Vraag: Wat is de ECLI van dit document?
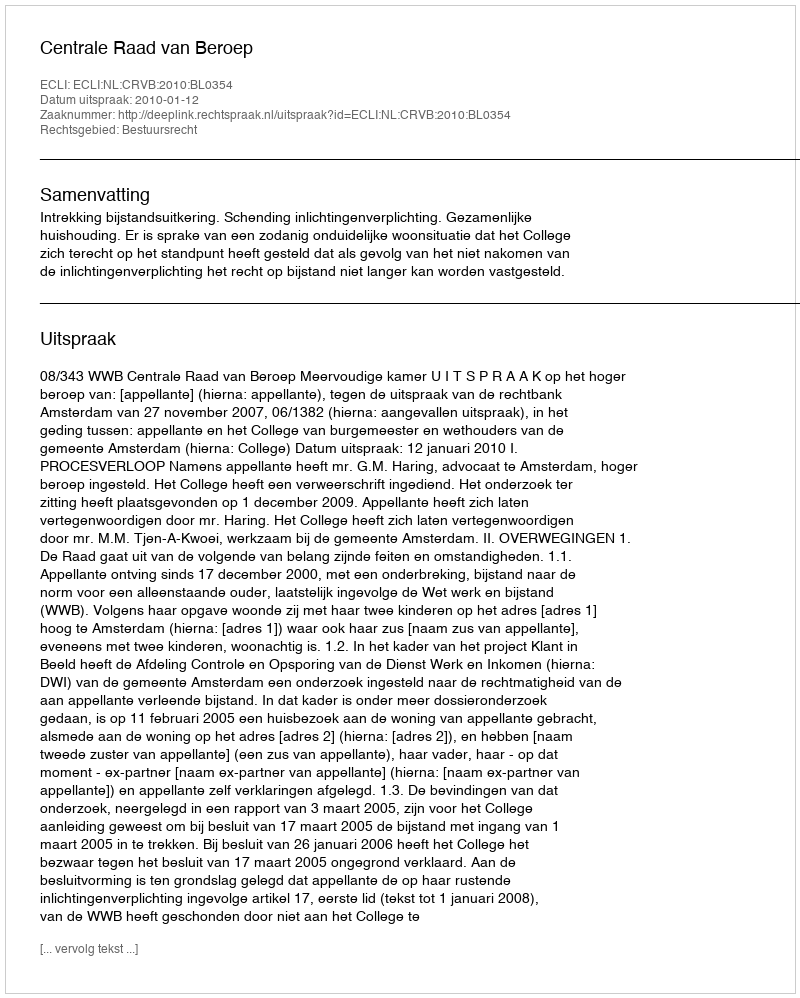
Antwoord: ECLI:NL:CRVB:2010:BL0354